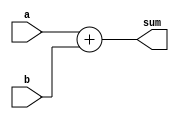
module Adder (
    input signed [31:0] a,
    input signed [31:0] b,
    output signed [31:0] sum
);
    // Adder computes sum = a + b
    // The module is useful when accumulating PC (Program Counter)

    // TODO: implement your Adder here
    // Hint: you can use operator to implement
    assign sum = a + b;

endmodule